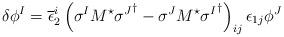
LaTeX: \begin{align*}\delta \phi^{I} = \overline{\epsilon}_{2}^{i} \left(\sigma^{I} M^{\star}{\sigma^{J}}^{\dagger} - \sigma^{J} M^{\star}{\sigma^{I}}^{\dagger}\right)_{ij} \epsilon_{1 j} \phi^{J}\end{align*}